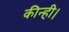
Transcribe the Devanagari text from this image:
कीन्ही।